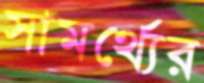
সামর্থ্যের